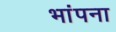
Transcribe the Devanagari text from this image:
भांपना